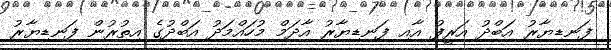
ފަނޑިޔާރު އަބްދު އަރީފު އާއި ފަނޑިޔާރު އާދަމް މުހައްމަދު އަބްދުގެ އިތުރުން ފަނޑިޔާރު